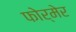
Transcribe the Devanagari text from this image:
फोर्मेर